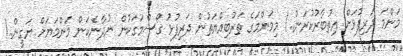
މަންމަ ދަރިފުޅަށް އިތުބާރުކުރަން..! މިމަންމަގެ ތަރުބިއްޔަތުން ދަރިފުޅު ގޯސްމަގަކުން ނުދާނެކަން މަންމަޔަށް ޔަގީން..!